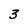
Character: 3